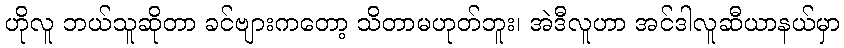
ဟိုလူ ဘယ်သူဆိုတာ ခင်ဗျားကတော့ သိတာမဟုတ်ဘူး၊ အဲဒီလူဟာ အင်ဒါလူဆီယာနယ်မှာ